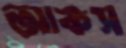
আকস